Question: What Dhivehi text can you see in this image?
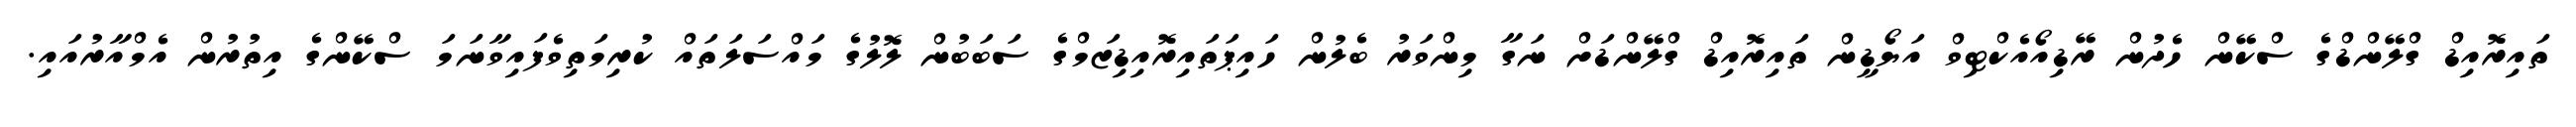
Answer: ތައިރޮއިޑް ގްލޭންޑްގެ ސްކޭން ހެދުން ރޭޑިއޯއެކްޓިވް އަޔޯޑީން ތައިރޮއިޑް ގްލޭންޑަށް ނަގާ މިންވަރު ބެލުން ހައިޕަތައިރޮއިޑިޒަމްގެ ސަބަބުން ލޮލުގެ މައްސަލަތައް ކުރިމަތިވެފައިވާނަމަ ސްކޭންގެ އިތުރުން އެމްއާރުއައި.